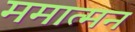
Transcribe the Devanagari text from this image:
ममात्मन